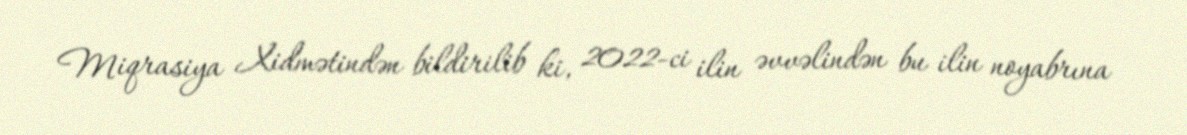
Miqrasiya Xidmətindən bildirilib ki, 2022-ci ilin əvvəlindən bu ilin noyabrına